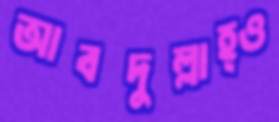
আবদুল্লাহ্ও